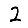
Digit: 2